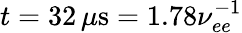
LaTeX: t=32\, \mu\mathrm{s}=1.78\nu_{ee}^{-1}